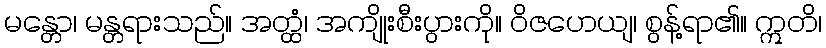
မန္တော၊ မန္တရားသည်။ အတ္ထံ၊ အကျိုးစီးပွားကို။ ဝိဇဟေယျ၊ စွန့်ရာ၏။ ဣတိ၊